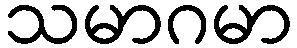
သမာဂမာ